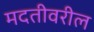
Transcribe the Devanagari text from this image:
मदतीवरील